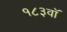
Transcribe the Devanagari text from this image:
१८३वॉ